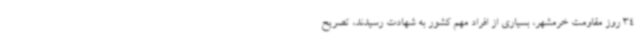
34 روز مقاومت خرمشهر، بسیاری از افراد مهم کشور به شهادت رسیدند، تصریح